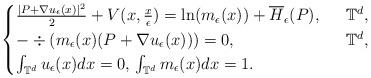
LaTeX: \begin{align*}\begin{cases} \frac{ |P+\nabla u_\epsilon (x ) |^2}{2}+V (x,\frac{x}{\epsilon} )=\ln (m_\epsilon (x ) )+\overline{H}_\epsilon (P ), \ & \ \mathbb{T}^d, \\-\div (m_\epsilon (x ) (P+\nabla u_\epsilon (x ) ) )=0, \ & \ \mathbb{T}^d,\\\int_{\mathbb{T}^d} u_\epsilon (x )dx=0,\, \int_{\mathbb{T}^d}m_\epsilon (x )dx=1.\end{cases}\end{align*}